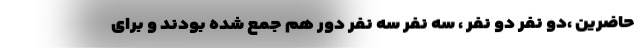
حاضرین ،دو نفر دو نفر ، سه نفر سه نفر دور هم جمع شده بودند و برای